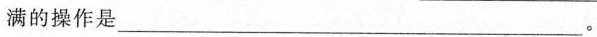
满的操作是___。